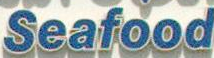
Seafood